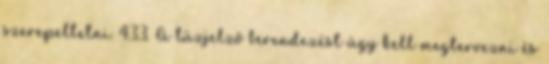
szerepeltetni. 4.3.3. A tûzjelzõ berendezést úgy kell megtervezni és